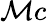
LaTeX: \mathcal{M}c